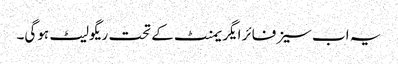
یہ اب سیزفائر ایگریمنٹ کے تحت ریگولیٹ ہوگی۔